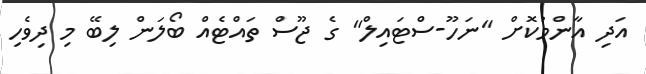
އަދި އާންމުކޮށް "ނަހޫ-ސްޓައިލް" ގެ ޖޫސް ތައްޓެއް ބޯލަން ލިބޭ މި ދިވެހި